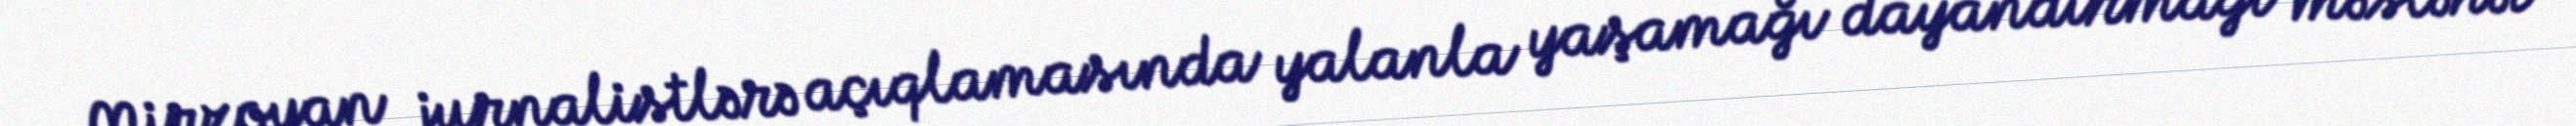
Mirzoyan jurnalistlərə açıqlamasında yalanla yaşamağı dayandırmağı məsləhət